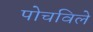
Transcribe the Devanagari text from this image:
पोचविले